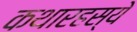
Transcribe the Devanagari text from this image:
कथारहस्ये